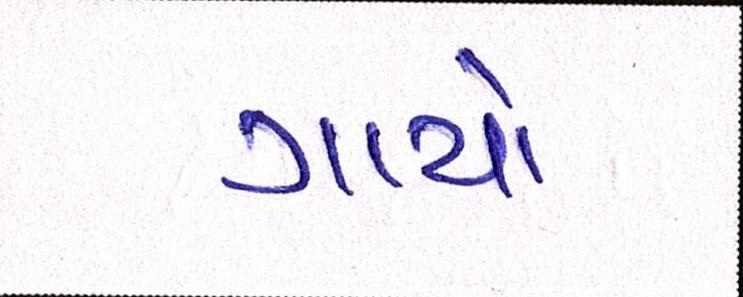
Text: ગાયો